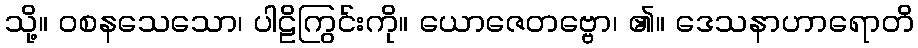
သို့။ ဝစနသေသော၊ ပါဠိကြွင်းကို။ ယောဇေတဗ္ဗော၊ ၏။ ဒေသနာဟာရောတိ